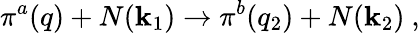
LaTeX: \pi^{a}(q)+N(\mathbf{k}_{1})\to\pi^{b}(q_{2})+N(\mathbf{k}_{2})~,